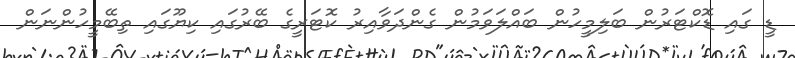
ޑީ ގައި ޑޮކްޓަރުން ބަލިމީހުން ބައްލަވަމުން ގެންދަވާއިރު ކޮޓަރީގެ ބޭރުގައި ކިޔޫގައި ތިބޭމީހުންނަން